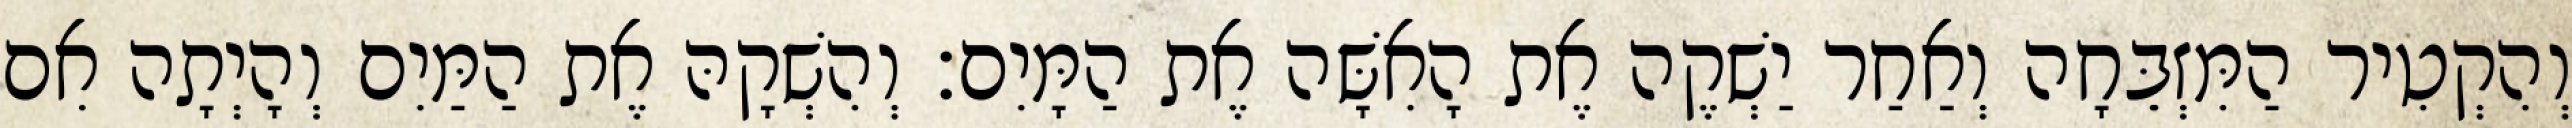
וְהִקְטִיר הַמִּזְבֵּחָה וְאַחַר יַשְׁקֶה אֶת הָאִשָּׁה אֶת הַמָּיִם׃ וְהִשְׁקָהּ אֶת הַמַּיִם וְהָיְתָה אִם